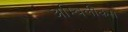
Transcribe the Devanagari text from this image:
अम्बिलीकस